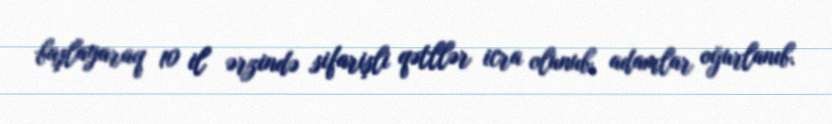
başlayaraq 10 il ərzində sifarişli qətllər icra olunub, adamlar oğurlanıb.